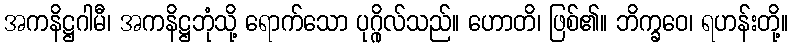
အကနိဋ္ဌဂါမီ၊ အကနိဋ္ဌဘုံသို့ ရောက်သော ပုဂ္ဂိုလ်သည်။ ဟောတိ၊ ဖြစ်၏။ ဘိက္ခဝေ၊ ရဟန်းတို့။